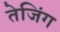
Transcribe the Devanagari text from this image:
तेजिंग